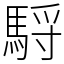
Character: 䮑